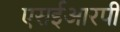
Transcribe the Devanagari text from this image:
एसईआरपी